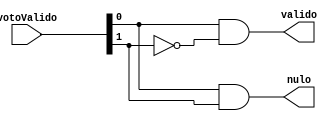
module votoValido(votoValido, valido, nulo);

input[1:0] votoValido;
output valido, nulo;

assign valido = votoValido[0] & ~votoValido[1];
assign nulo = votoValido[0] & votoValido[1];

endmodule